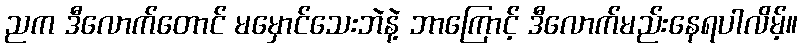
ညက ဒီလောက်တောင် မမှောင်သေးဘဲနဲ့ ဘာကြောင့် ဒီလောက်မည်းနေရပါလိမ့်။